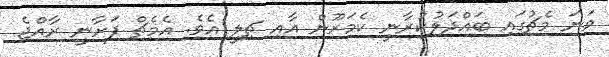
ވަނަ މެޗުގައި ބައްދަލުކުރާނީ ކެމަރޫން އާއި ޗިލީ އެވެ. އެމެޗް ފަށާނީ ރާއްޖެ